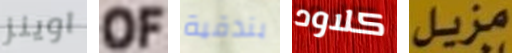
اوينز OF بندقية كلاود مزيل